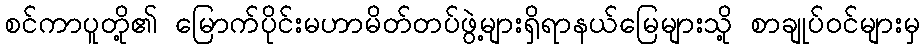
စင်ကာပူတို့၏ မြောက်ပိုင်းမဟာမိတ်တပ်ဖွဲ့များရှိရာနယ်မြေများသို့ စာချုပ်ဝင်များမှ